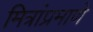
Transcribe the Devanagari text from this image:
मित्रांप्रमाणे